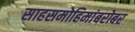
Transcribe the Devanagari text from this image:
साहसमोहिमांबरोबर